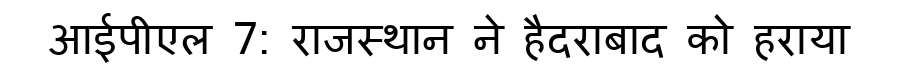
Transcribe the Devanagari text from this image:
आईपीएल 7: राजस्थान ने हैदराबाद को हराया